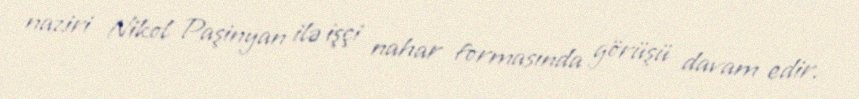
naziri Nikol Paşinyan ilə işçi nahar formasında görüşü davam edir.